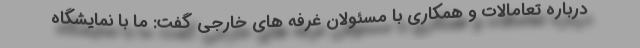
درباره تعامالات و همکاری با مسئولان غرفه های خارجی گفت: ما با نمایشگاه